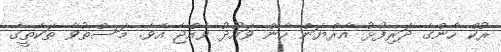
ރުކް ހާންގެ ދަރިފުޅު އާރްޔަން ހާން ވައުދު ވެއްޖެ އެވެ. މަސްތުވާ ތަކެތީގެ